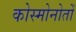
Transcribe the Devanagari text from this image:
कोस्मोनोतों